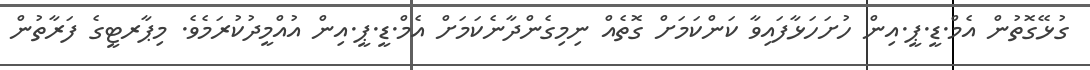
ގުޅޭގޮތުން އެމް.ޑީ.ޕީ.އިން ހުށަހަޅާފައިވާ ކަންކަމަށް ގޮތެއް ނިމިގެންދާނެކަމަށް އެމް.ޑީ.ޕީ.އިން އުއްމީދުކުރަމެވެ. މިޕާރޓީގެ ފަރާތުން